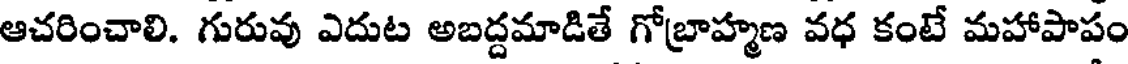
ఆచరించాలి. గురువు ఎదుట అబద్దమాడితే గోబ్రాహ్మణ వధ కంటే మహాపాపం